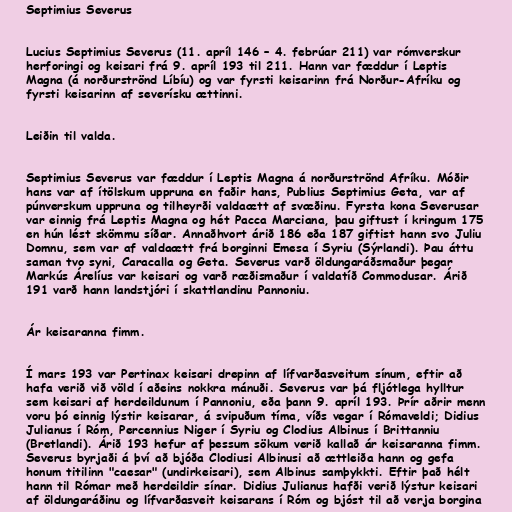
Septimius Severus

Lucius Septimius Severus (11. apríl 146 – 4. febrúar 211) var rómverskur
herforingi og keisari frá 9. apríl 193 til 211. Hann var fæddur í Leptis
Magna (á norðurströnd Líbíu) og var fyrsti keisarinn frá Norður-Afríku og
fyrsti keisarinn af severísku ættinni.

Leiðin til valda.

Septimius Severus var fæddur í Leptis Magna á norðurströnd Afríku. Móðir
hans var af ítölskum uppruna en faðir hans, Publius Septimius Geta, var af
púnverskum uppruna og tilheyrði valdaætt af svæðinu. Fyrsta kona Severusar
var einnig frá Leptis Magna og hét Pacca Marciana, þau giftust í kringum 175
en hún lést skömmu síðar. Annaðhvort árið 186 eða 187 giftist hann svo Juliu
Domnu, sem var af valdaætt frá borginni Emesa í Syriu (Sýrlandi). Þau áttu
saman tvo syni, Caracalla og Geta. Severus varð öldungaráðsmaður þegar
Markús Árelíus var keisari og varð ræðismaður í valdatíð Commodusar. Árið
191 varð hann landstjóri í skattlandinu Pannoniu.

Ár keisaranna fimm.

Í mars 193 var Pertinax keisari drepinn af lífvarðasveitum sínum, eftir að
hafa verið við völd í aðeins nokkra mánuði. Severus var þá fljótlega hylltur
sem keisari af herdeildunum í Pannoniu, eða þann 9. apríl 193. Þrír aðrir menn
voru þó einnig lýstir keisarar, á svipuðum tíma, víðs vegar í Rómaveldi; Didius
Julianus í Róm, Percennius Niger í Syriu og Clodius Albinus í Brittanniu
(Bretlandi). Árið 193 hefur af þessum sökum verið kallað ár keisaranna fimm.
Severus byrjaði á því að bjóða Clodiusi Albinusi að ættleiða hann og gefa
honum titilinn "caesar" (undirkeisari), sem Albinus samþykkti. Eftir það hélt
hann til Rómar með herdeildir sínar. Didius Julianus hafði verið lýstur keisari
af öldungaráðinu og lífvarðasveit keisarans í Róm og bjóst til að verja borgina